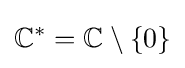
\mathbb {C} ^{*}=\mathbb {C} \setminus \{0\}